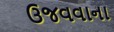
ઉજવવાના